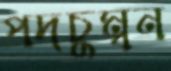
পদচুম্বন